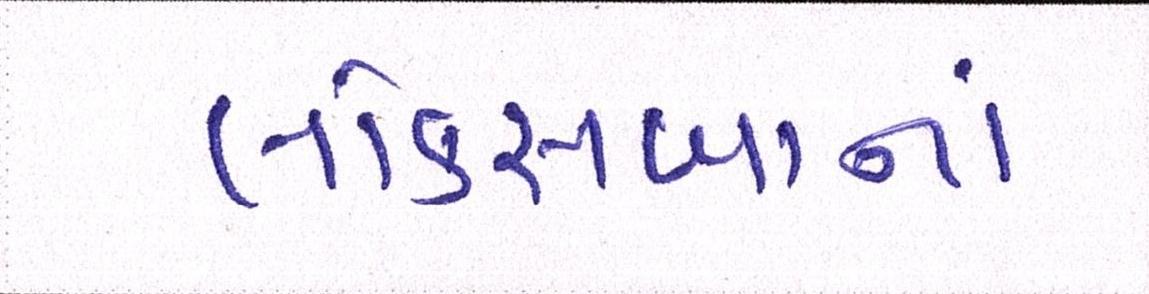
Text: લોકસબાનાં